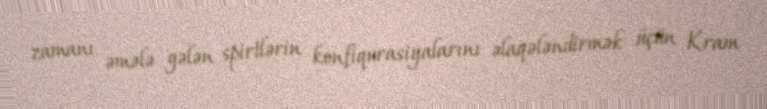
zamanı əmələ gələn spirtlərin konfiqurasiyalarını əlaqələndirmək üçün Kram